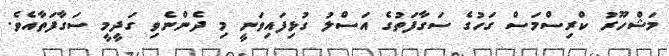
މަޝްހޫރު ކްރިސްމަސް ގަހުގެ ސަގާފަތުގެ އަސްލު ގުޅިފައިވަނީ މި ދެންނެވި ގަދީމީ ސަގާފަތާއެވެ.